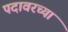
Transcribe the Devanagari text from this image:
पदावरच्या